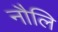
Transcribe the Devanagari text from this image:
नौलि